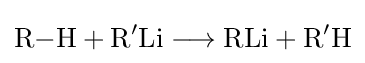
{\mathrm {R} {-}\mathrm {H} {}+{}\mathrm {R} {\vphantom {A}}^{\prime }\mathrm {Li} {}\mathrel {\longrightarrow } {}\mathrm {RLi} {}+{}\mathrm {R} {\vphantom {A}}^{\prime }\mathrm {H} }